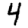
Digit: 4